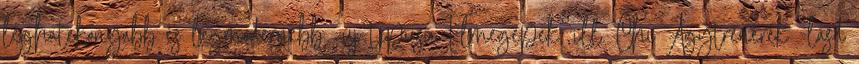
leghatékonyabb és legmodernebb -új-tipusú Elmegépek, ill. Chi Agytrénerek -lásd